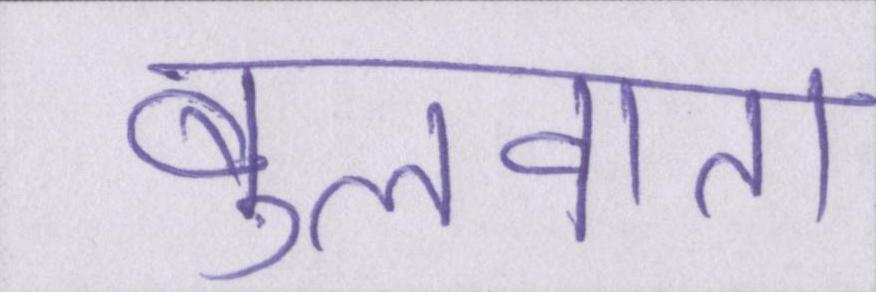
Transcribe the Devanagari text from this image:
बुलवाता